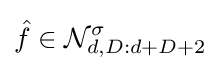
{\hat {f}}\in {\mathcal {N}}_{d,D:d+D+2}^{\sigma }